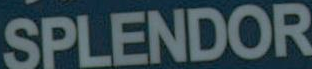
SPLENDOR